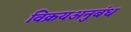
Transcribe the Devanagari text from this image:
विक्रयअनुबंध